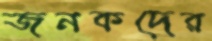
জনকদের